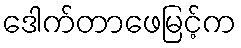
ဒေါက်တာဖေမြင့်က